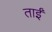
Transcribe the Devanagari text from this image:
ताईं